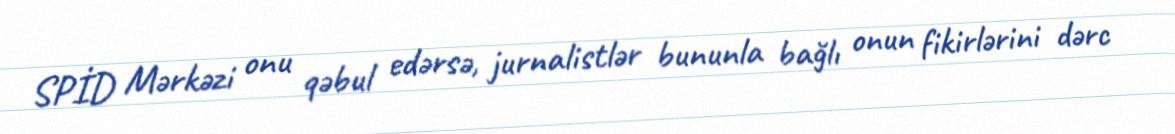
SPİD Mərkəzi onu qəbul edərsə, jurnalistlər bununla bağlı onun fikirlərini dərc